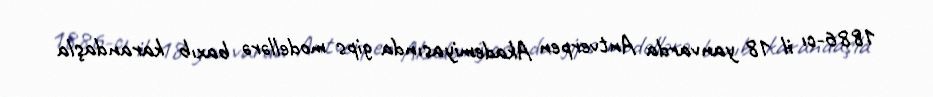
1886-cı il 18 yanvarda Antverpen Akademiyasında gips modellərə baxıb karandaşla